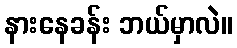
နားနေခန်း ဘယ်မှာလဲ။